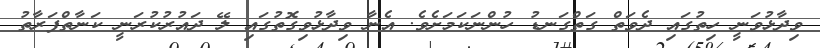
ވިދާޅުވަނީ ހިތުގައި ދެވަތް ގަތްގަނޑު ހުންނަކަމަށެވެ. އެނާ ވިދާޅުވިގޮތުގައި ލޭ ދައުރުކުރަނީ ކަނާތްފަރާތު